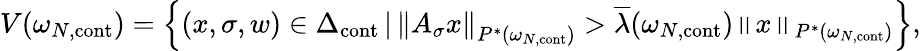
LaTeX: V(\omega_{N,\mathrm{cont}})=\left\{ (x,\sigma,w)\in\Delta_{\mathrm{cont}}\, |\, \left\| A_{\sigma}x\right\| _{P^{*}(\omega_{N,\mathrm{cont}})}>\overline{{\lambda}}(\omega_{N,\mathrm{cont}})\left\| x\right\| _{P^{*}(\omega_{N,\mathrm{cont}})}\right\} ,